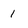
Character: 1